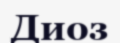
Диоз